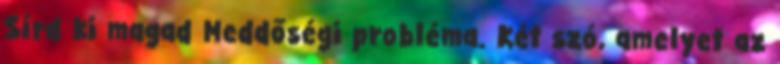
Sírd ki magad Meddőségi probléma. Két szó, amelyet az